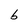
Character: b